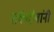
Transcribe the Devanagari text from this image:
तर्कदोषांनी